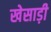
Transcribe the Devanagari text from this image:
खेसाड़ी